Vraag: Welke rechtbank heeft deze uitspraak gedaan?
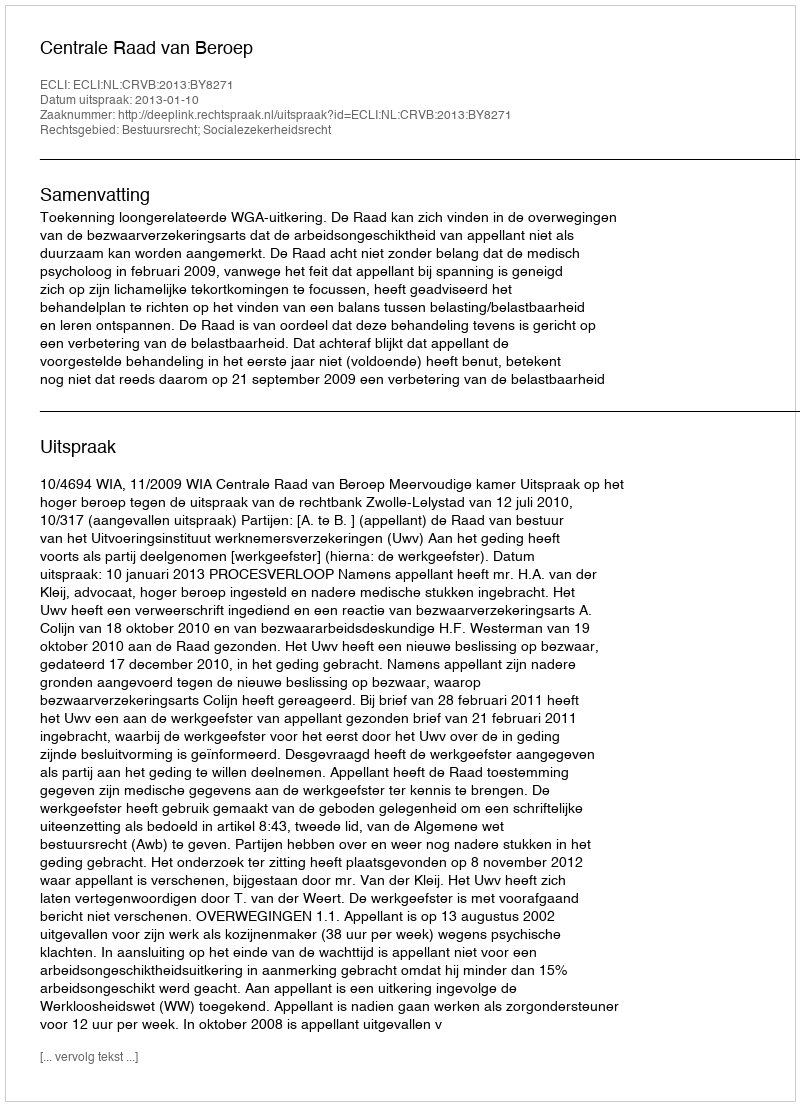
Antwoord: Centrale Raad van Beroep